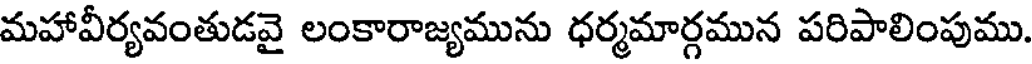
మహావీర్యవంతుడవై లంకారాజ్యమును ధర్మమార్గమున పరిపాలింపుము.